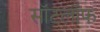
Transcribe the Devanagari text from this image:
सॉटलॉफ